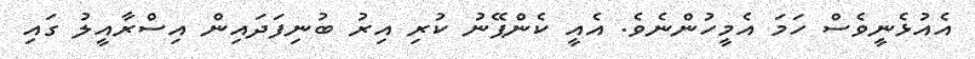
އެއުޅެނީވެސް ހަމަ އެމީހުންނެވެ. އެއީ ކެންޕޭނު ކުރި އިރު ބުނިފަދައިން އިސްރާއީލު ގައި